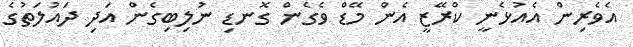
އެވެރިން އެއުޅެނީ ކްރޭޒީ އެން މޭޑް ވެގެން ގޮނޑި ނުލިބިގެން އަދި ދައުލަތުގެ